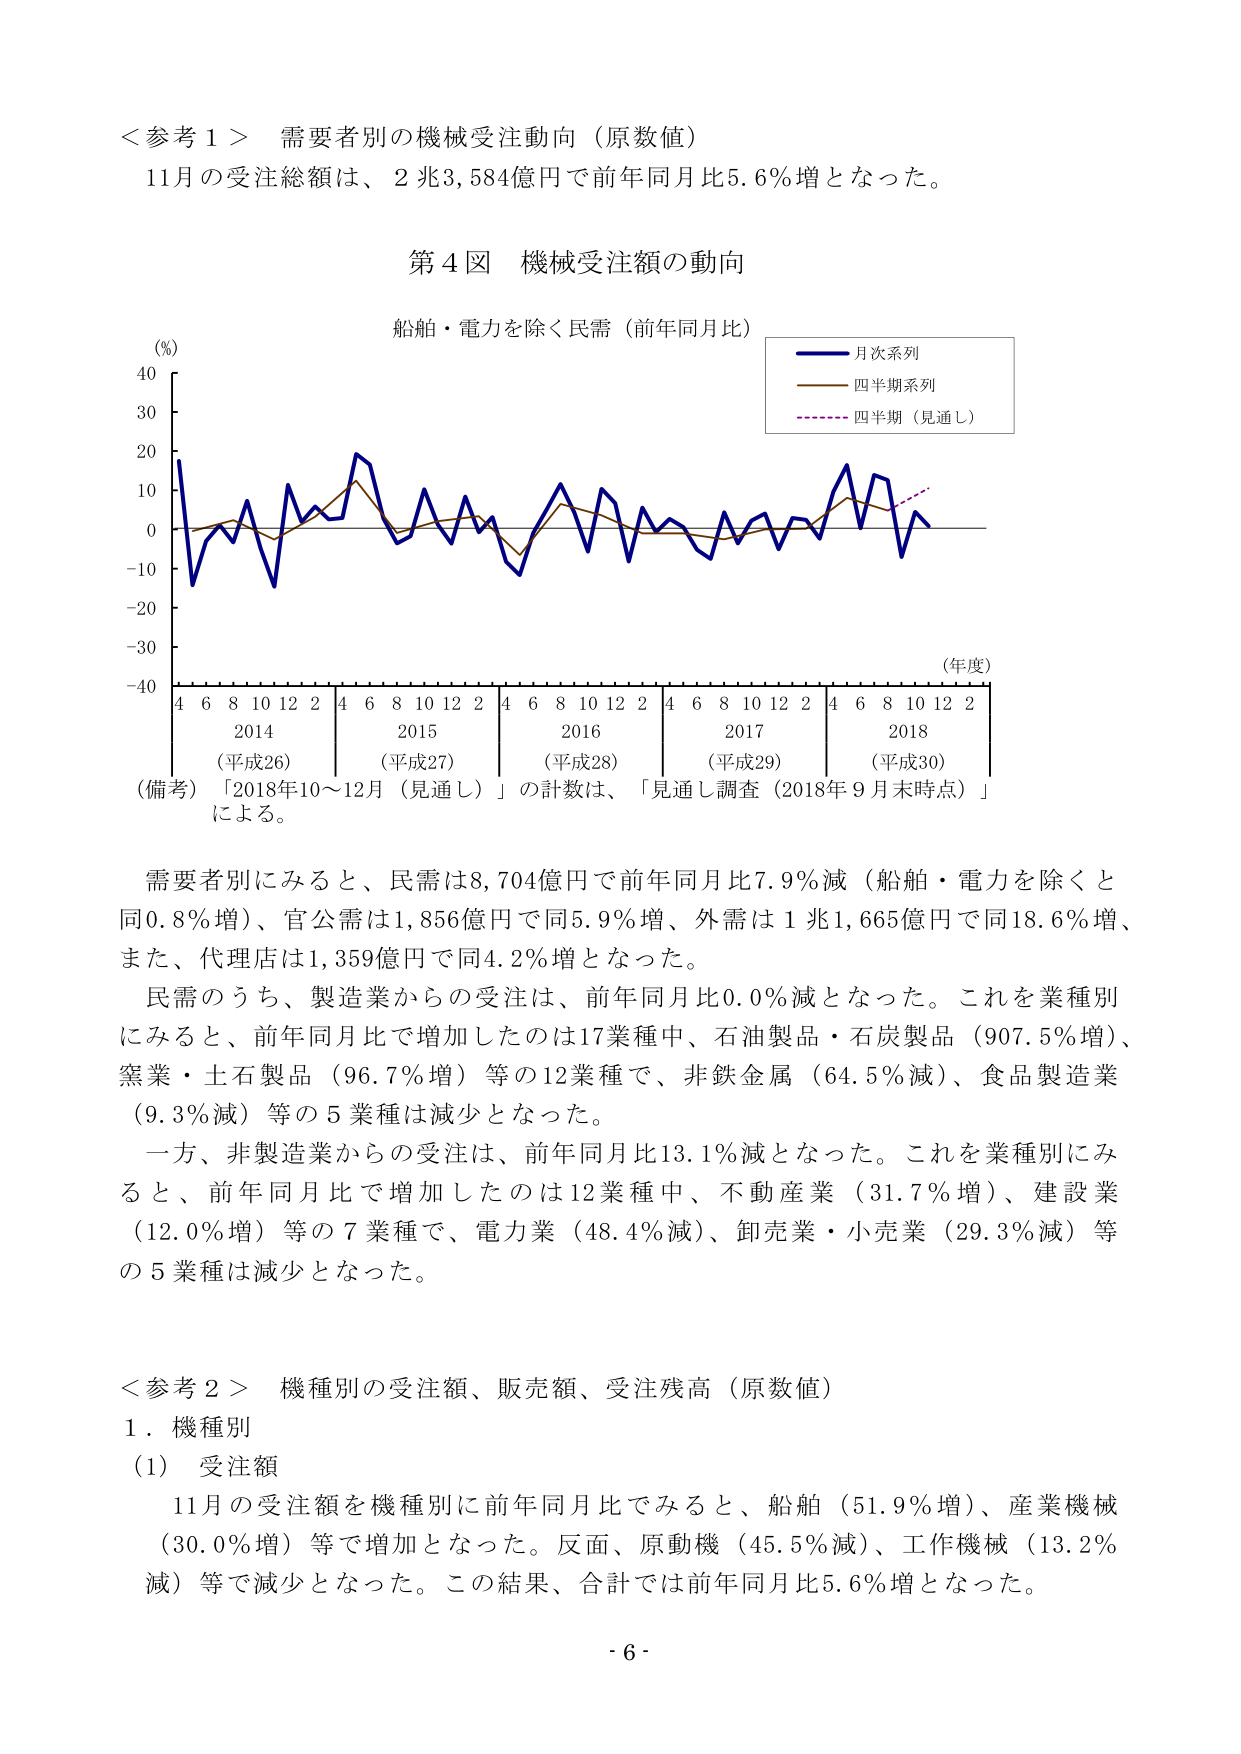
＜参考１＞ 需要者別の機械受注動向（原数値）
11月の受注総額は、2兆3,584億円で前年同月比5.6％増となった。

第４図 機械受注額の動向
船舶・電力を除く民需（前年同月比）
（％）
40
30
20
10
0
-10
-20
-30
-40
（年度）
4 6 8 10 12 2 4 6 8 10 12 2 4 6 8 10 12 2 4 6 8 10 12 2 4 6 8 10 12 2
2014 （平成26） 2015 （平成27） 2016 （平成28） 2017 （平成29） 2018 （平成30）
（備考）「2018年10～12月（見通し）」の計数は、「見通し調査（2018年9月末時点）」による。

月次系列
四半期系列
四半期（見通し）

需要者別にみると、民需は8,704億円で前年同月比7.9％減（船舶・電力を除くと同0.8％増）、官公需は1,856億円で同5.9％増、外需は1兆1,665億円で同18.6％増、また、代理店は1,359億円で同4.2％増となった。

民需のうち、製造業からの受注は、前年同月比0.0％減となった。これを業種別にみると、前年同月比で増加したのは17業種中、石油製品・石炭製品（907.5％増）、窯業・土石製品（96.7％増）等の12業種で、非鉄金属（64.5％減）、食品製造業（9.3％減）等の5業種は減少となった。

一方、非製造業からの受注は、前年同月比13.1％減となった。これを業種別にみると、前年同月比で増加したのは12業種中、不動産業（31.7％増）、建設業（12.0％増）等の7業種で、電力業（48.4％減）、卸売業・小売業（29.3％減）等の5業種は減少となった。

＜参考２＞ 機種別の受注額、販売額、受注残高（原数値）
１．機種別
（1） 受注額
11月の受注額を機種別に前年同月比でみると、船舶（51.9％増）、産業機械（30.0％増）等で増加となった。反面、原動機（45.5％減）、工作機械（13.2％減）等で減少となった。この結果、合計では前年同月比5.6％増となった。

- 6 -